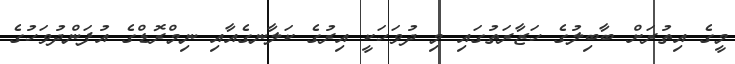
މީގެ އިތުރަށް ބާބިލުގެ ހަޒާރަތުގައި މި ދުވަހަކީ އިރުގެ ކަލާނގެއާއި ނިމްރޮޑްގެ އުފަންދުވަހުގެ